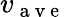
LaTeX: v_{\mathrm{~a~v~e~}}